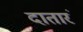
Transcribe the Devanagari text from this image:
दातारं